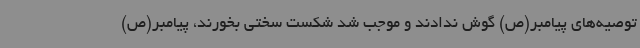
توصیه‌های پیامبر(ص) گوش ندادند و موجب شد شکست سختی بخورند، پیامبر(ص)